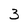
Character: 3